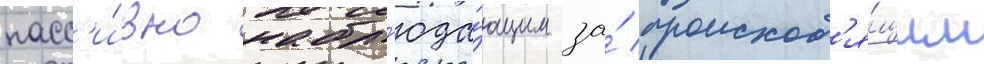
пасс'и́вно набл'юда́ющим за́ происход'я́щим